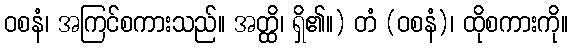
ဝစနံ၊ အကြင်စကားသည်။ အတ္ထိ၊ ရှိ၏။) တံ (ဝစနံ)၊ ထိုစကားကို။